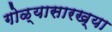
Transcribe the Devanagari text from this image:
गोळ्यासारख्या